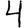
Digit: 4